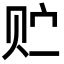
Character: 贮